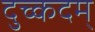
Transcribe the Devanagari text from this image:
दुच्कदम्